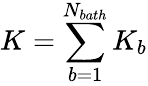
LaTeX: K=\sum_{b=1}^{{{N}_{bath}}}{{{K}_{b}}}